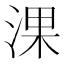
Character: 淉